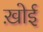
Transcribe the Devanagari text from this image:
ख़ोई